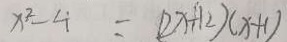
x ^ { 2 } - 4 = ( 2 x + 1 2 ) ( x + 1 )